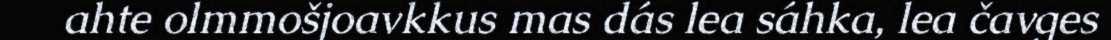
ahte olmmošjoavkkus mas dás lea sáhka, lea čavges